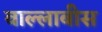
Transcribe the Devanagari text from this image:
वाल्लाबीस